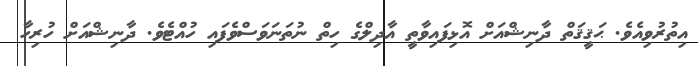
އިތުރުވިއެވެ. ޙަޤީޤަތް ދާނިޝްއަށް އޮޅިފައިވާތީ އާދިލްގެ ހިތްް ނުތަނަވަސްވެފައި ހުއްޓެވެ. ދާނިޝްއަށް ހުރިހާ